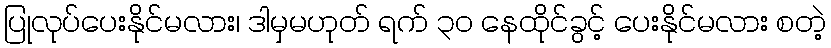
ပြုလုပ်ပေးနိုင်မလား၊ ဒါမှမဟုတ် ရက် ၃၀ နေထိုင်ခွင့် ပေးနိုင်မလား စတဲ့